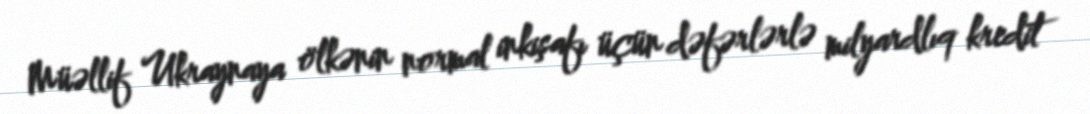
Müəllif Ukraynaya ölkənin normal inkişafı üçün dəfərlərlə milyardlıq kredit